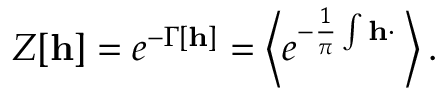
Z [ { \bf h } ] = e ^ { - \Gamma \left[ { \bf h } \right] } = \left< e ^ { - \frac { 1 } { \pi } \int { \bf h \cdot \Phi } } \right> .